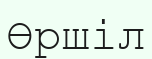
Өршіл